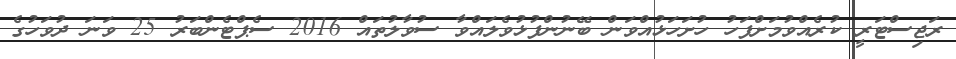
ރަޖިސްޓަރީ ކުރެއްވުމަށްފަހު ހުށަހަޅުއްވަން ބޭނުންފުޅުވެލައްވާ ސުވާލުތައް 2016 ސެޕްޓެންބަރު 25 ވަނަ ދުވަހުގެ